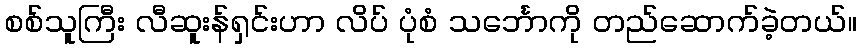
စစ်သူကြီး လီဆူးန်ရှင်းဟာ လိပ် ပုံစံ သင်္ဘောကို တည်ဆောက်ခဲ့တယ်။